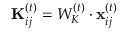
\mathbf { K } _ { i j } ^ { ( t ) } = W _ { K } ^ { ( t ) } \cdot \mathbf { x } _ { i j } ^ { ( t ) }